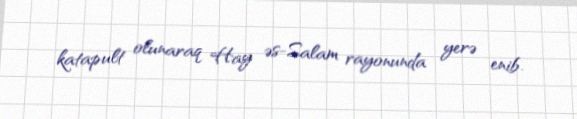
katapult olunaraq Hay əs-Salam rayonunda yerə enib.